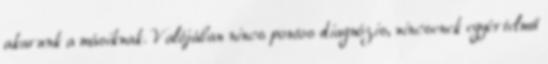
akarunk a másiknak. Valójában nincs pontos diagnózis, nincsenek egyértelmű